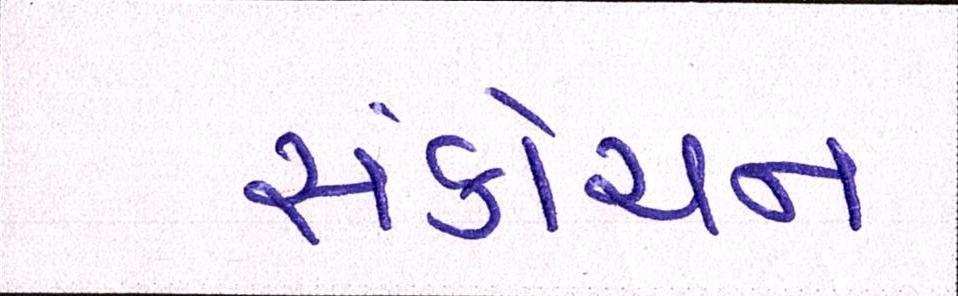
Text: સંકોચન